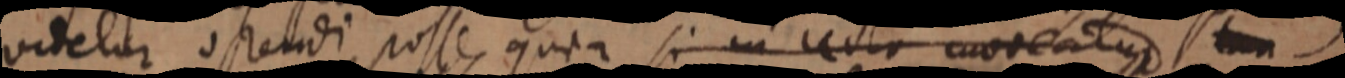
videtur ostendi posse, quia si in recto moveatur _